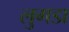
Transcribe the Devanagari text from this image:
लुगडा